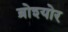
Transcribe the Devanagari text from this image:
ब्रोश्योर